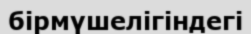
бірмүшелігіндегі